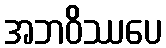
အဘဝိဿပေ